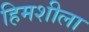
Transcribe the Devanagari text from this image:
हिमशीला